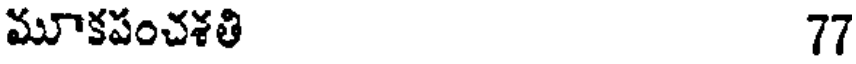
మూకపంచశతి 77